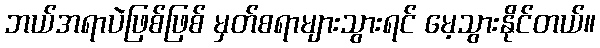
ဘယ်အရာပဲဖြစ်ဖြစ် မှတ်စရာများသွားရင် မေ့သွားနိုင်တယ်။